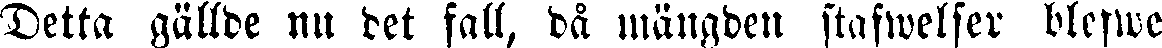
Detta gällde nu det fall, då mängden stafwelser blefwe